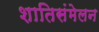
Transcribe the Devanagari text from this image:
शातिसंमेलन